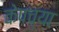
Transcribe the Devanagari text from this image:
केपच्या